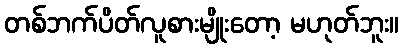
တစ်ဘက်ပိတ်လူစားမျိုးတော့ မဟုတ်ဘူး။